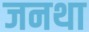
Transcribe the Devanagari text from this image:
जनथा